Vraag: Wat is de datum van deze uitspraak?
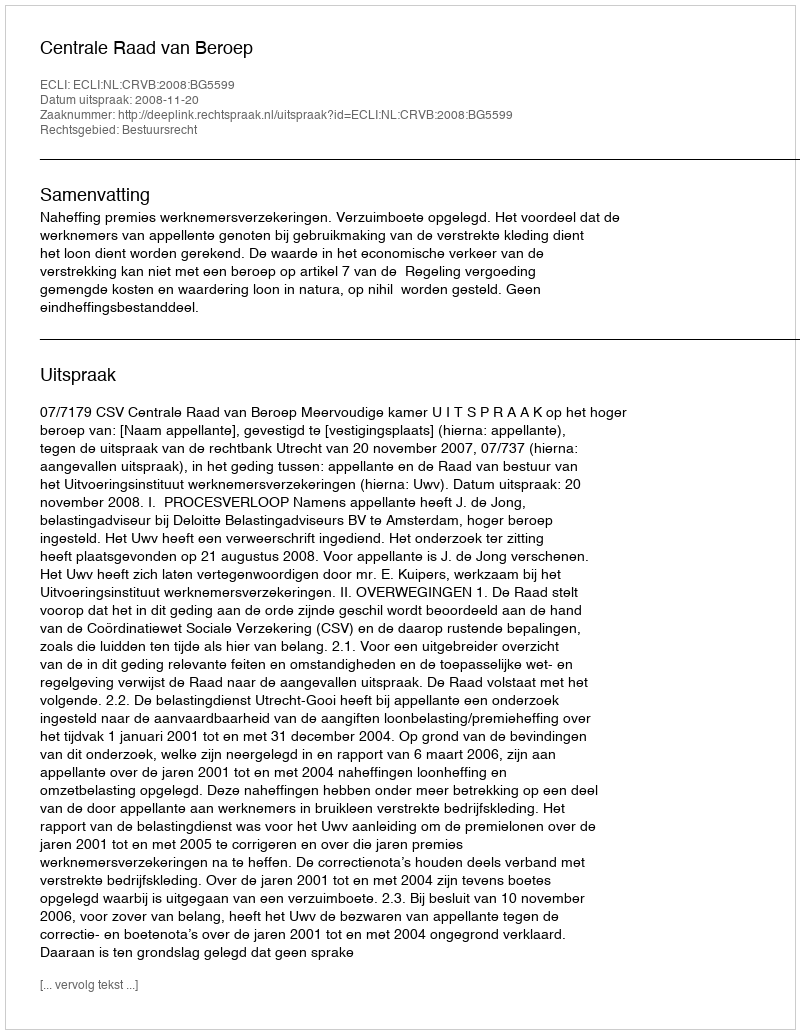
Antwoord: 2008-11-20